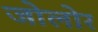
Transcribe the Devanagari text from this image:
जोलोर